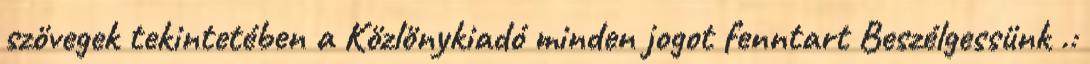
szövegek tekintetében a Közlönykiadó minden jogot fenntart Beszélgessünk .: